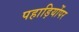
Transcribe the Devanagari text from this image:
पहाड़ियोंपर